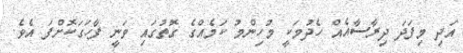
އަދި މިފަދަ ދިރާސާއެއް ހެދުމަކީ މުހިންމު ކަމެއްގެ ގޮތުގައި ވަނީ ފާހަގަކޮށްފަ އެވެ.